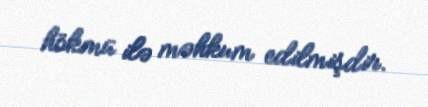
hökmü ilə məhkum edilmişdir.